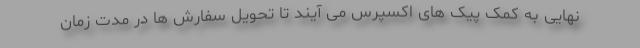
نهایی به کمک پیک های اکسپرس می آیند تا تحویل سفارش ها در مدت زمان